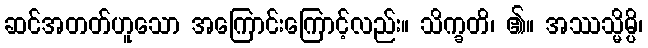
ဆင်အတတ်ဟူသော အကြောင်းကြောင့်လည်း။ သိက္ခတိ၊ ၏။ အဿသ္မိမ္ပိ၊